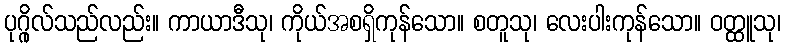
ပုဂ္ဂိုလ်သည်လည်း။ ကာယာဒီသု၊ ကိုယ်အစရှိကုန်သော။ စတူသု၊ လေးပါးကုန်သော။ ဝတ္ထူသု၊